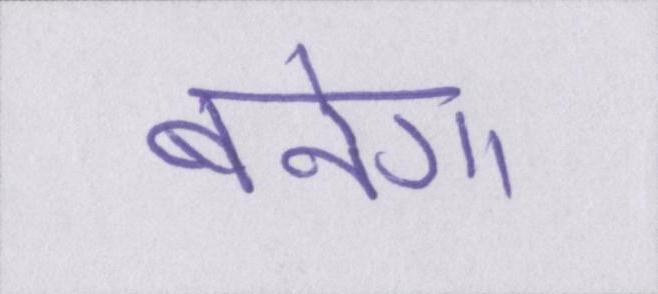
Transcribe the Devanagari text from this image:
बनेगा